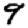
Digit: 9